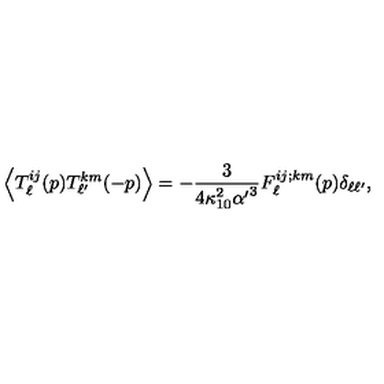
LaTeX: \left\langle T _ { \ell } ^ { i j } ( p ) T _ { \ell ^ { \prime } } ^ { k m } ( - p ) \right\rangle = - { \frac { 3 } { 4 \kappa _ { 1 0 } ^ { 2 } { \alpha ^ { \prime } } ^ { 3 } } } F _ { \ell } ^ { i j ; k m } ( p ) \delta _ { \ell \ell ^ { \prime } } ,